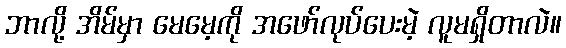
ဘာလို့ အိမ်မှာ မေမေ့ကို အဖော်လုပ်ပေးမဲ့ လူမရှိတာလဲ။